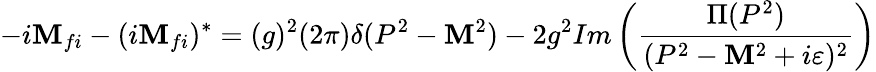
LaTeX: -i{\cal\mathbf{M}}_{fi}-(i{\cal\mathbf{M}}_{fi})^{*}=(g)^{2}(2\pi)\delta(P^{2}-\mathbf{M}^{2})-2g^{2}Im\left({{\frac{{\Pi(P^{2})}}{{(P^{2}-\mathbf{M}^{2}+i\varepsilon)^{2}}}}}\right)